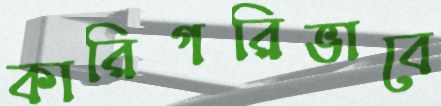
কারিগরিভাবে